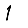
Digit: 1